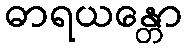
ဓာရယန္တော